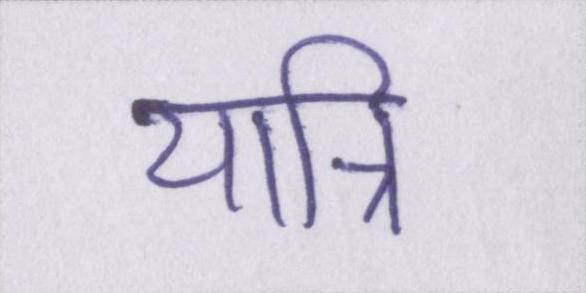
यात्रि